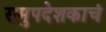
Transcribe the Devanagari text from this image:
समुपदेशकाचं